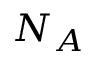
N _ { A }